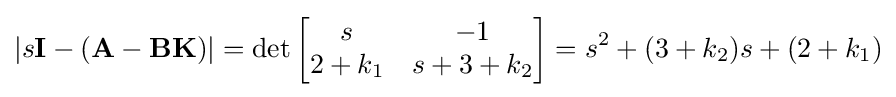
\left|s\mathbf {I} -\left(\mathbf {A} -\mathbf {B} \mathbf {K} \right)\right|=\det {\begin{bmatrix}s&-1\\2+k_{1}&s+3+k_{2}\end{bmatrix}}=s^{2}+(3+k_{2})s+(2+k_{1})